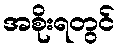
အစိုးရတွင်